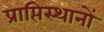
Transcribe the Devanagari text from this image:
प्राप्तिस्थानों